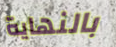
بالنهاية